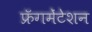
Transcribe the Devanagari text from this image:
फ्रॅगमेंटेशन